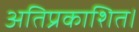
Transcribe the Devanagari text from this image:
अतिप्रकाशित।